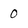
Character: 0